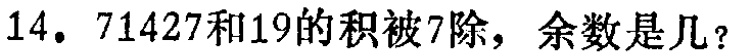
14. 71427和19的积被7除，余数是几？